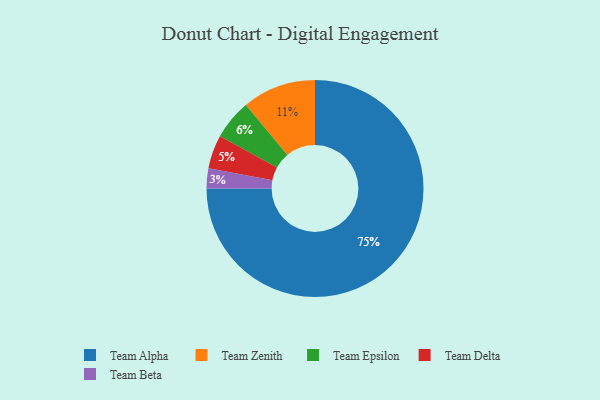
{"axis": {"x": "Category", "y": "Percentage"}, "legend": ["Team Alpha", "Team Beta", "Team Delta", "Team Epsilon", "Team Zenith"], "data": [{"x": "Team Alpha", "y": 75, "type": "Team Alpha"}, {"x": "Team Zenith", "y": 11, "type": "Team Zenith"}, {"x": "Team Delta", "y": 5, "type": "Team Delta"}, {"x": "Team Epsilon", "y": 6, "type": "Team Epsilon"}, {"x": "Team Beta", "y": 3, "type": "Team Beta"}]}